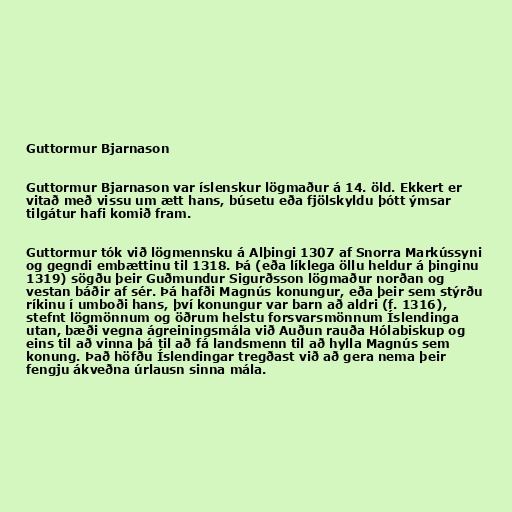
Guttormur Bjarnason

Guttormur Bjarnason var íslenskur lögmaður á 14. öld. Ekkert er
vitað með vissu um ætt hans, búsetu eða fjölskyldu þótt ýmsar
tilgátur hafi komið fram.

Guttormur tók við lögmennsku á Alþingi 1307 af Snorra Markússyni
og gegndi embættinu til 1318. Þá (eða líklega öllu heldur á þinginu
1319) sögðu þeir Guðmundur Sigurðsson lögmaður norðan og
vestan báðir af sér. Þá hafði Magnús konungur, eða þeir sem stýrðu
ríkinu í umboði hans, því konungur var barn að aldri (f. 1316),
stefnt lögmönnum og öðrum helstu forsvarsmönnum Íslendinga
utan, bæði vegna ágreiningsmála við Auðun rauða Hólabiskup og
eins til að vinna þá til að fá landsmenn til að hylla Magnús sem
konung. Það höfðu Íslendingar tregðast við að gera nema þeir
fengju ákveðna úrlausn sinna mála.